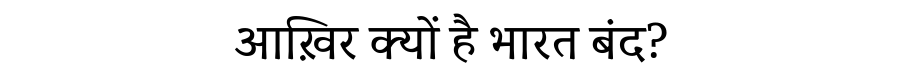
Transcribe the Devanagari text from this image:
आख़िर क्यों है भारत बंद?